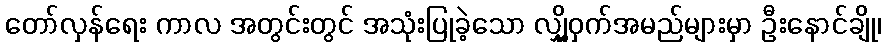
တော်လှန်ရေး ကာလ အတွင်းတွင် အသုံးပြုခဲ့သော လျှို့ဝှက်အမည်များမှာ ဦးနောင်ချို၊